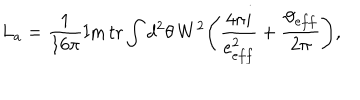
L _ { a } = \frac { 1 } { 1 6 \pi } \mathrm { I m } \, \mathrm { t r } \int d ^ { 2 } \theta \, W ^ { 2 } \Bigg ( \frac { 4 \pi i } { e _ { e f f } ^ { 2 } } + \frac { \vartheta _ { e f f } } { 2 \pi } \Bigg ) ,